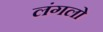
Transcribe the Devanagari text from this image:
लंगलो